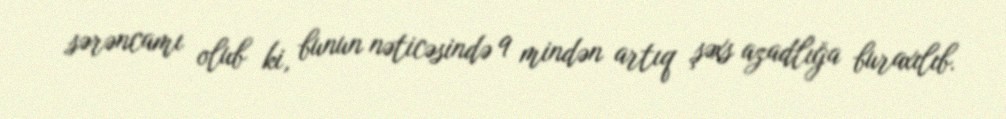
sərəncamı olub ki, bunun nəticəsində 9 mindən artıq şəxs azadlığa buraxılıb.